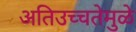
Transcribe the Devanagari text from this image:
अतिउच्चतेमुळे